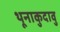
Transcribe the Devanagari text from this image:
थूनाकुदावु